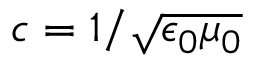
c = 1 / \sqrt { \epsilon _ { 0 } \mu _ { 0 } }